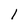
Character: 1